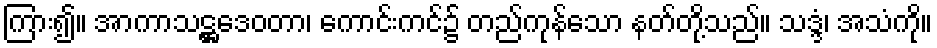
ကြား၍။ အာကာသဋ္ဌဒေဝတာ၊ ကောင်းကင်၌ တည်ကုန်သော နတ်တို့သည်။ သဒ္ဒံ၊ အသံကို။